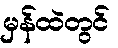
မှန်ထဲတွင်